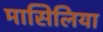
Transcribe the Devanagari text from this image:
मासिलिया